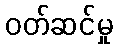
ဝတ်ဆင်မှု